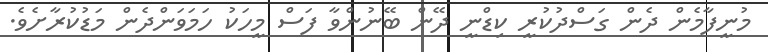
މުނީފާމެން ދެން ގަސްދުކުރީ ކިޑްނީ ދޭން ބޭނުންވާ ފަސް މީހަކު ހަމަވަންދެން މަޑުކުރާށެވެ.